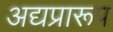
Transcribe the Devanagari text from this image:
अद्यप्रारूप